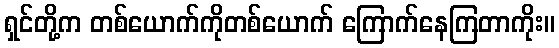
ရှင်တို့က တစ်ယောက်ကိုတစ်ယောက် ကြောက်နေကြတာကိုး။